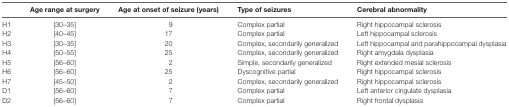
|  | Age range at surgery | Age at onset of seizure (years) | Type of seizures | Cerebral abnormality |
 | --- | --- | --- | --- | --- |
 | H1 | [30–35] | 9 | Complex partial | Right hippocampal sclerosis |
 | H2 | [40–45] | 17 | Complex partial | Left hippocampal sclerosis |
 | H3 | [30–35] | 20 | Complex, secondarily generalized | Left hippocampal and parahippocampal dysplasia |
 | H4 | [50–55] | 25 | Complex, secondarily generalized | Right amygdala dysplasia |
 | H5 | [56–60] | 2 | Simple, secondarily generalized | Right extended mesial sclerosis |
 | H6 | [56–60] | 25 | Dyscognitive partial | Right hippocampal sclerosis |
 | H7 | [45–50] | 2 | Complex, secondarily generalized | Right hippocampal sclerosis |
 | D1 | [56–60] | 7 | Complex partial | Left anterior cingulate dysplasia |
 | D2 | [56–60] | 7 | Complex partial | Right frontal dysplasia |